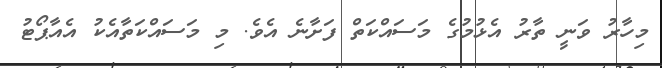
މިހާރު ވަނީ ތާރު އެޅުމުގެ މަސައްކަތް ފަށާނެ އެވެ. މި މަސައްކަތާއެކު އެއާޕޯޓު